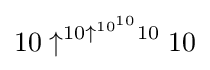
10\uparrow ^{10\uparrow ^{10^{10}}10}10